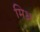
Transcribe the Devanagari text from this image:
मिध्र